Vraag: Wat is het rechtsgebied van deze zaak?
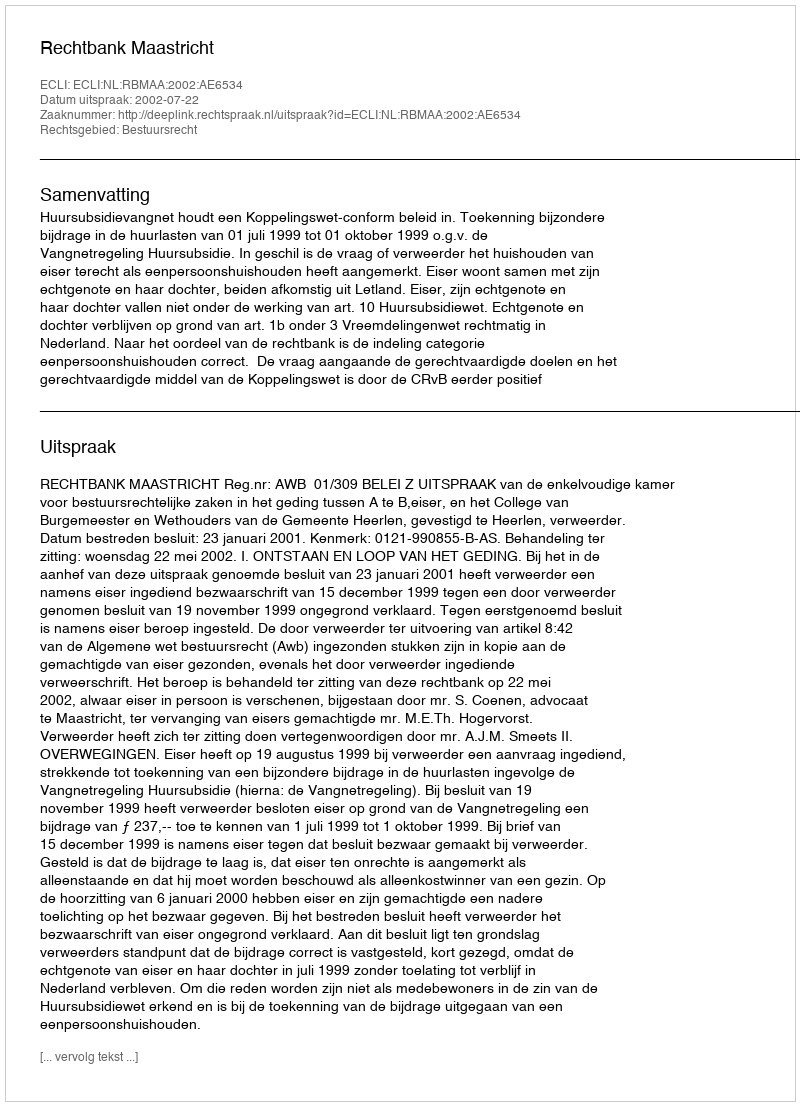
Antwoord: Bestuursrecht